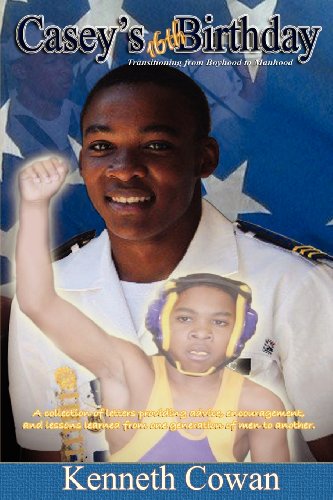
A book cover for Casey's 16th Birthday: Transitioning from Boyhood to Manhood; Kenneth Cowan; Parenting & Relationships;